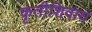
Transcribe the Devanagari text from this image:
कृतीशिवाय